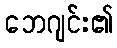
ဘေဂျင်း၏